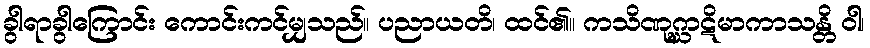
ခွါရာခွါကြောင်း ကောင်းကင်မျှသည်။ ပညာယတိ၊ ထင်၏။ ကသိဏုဂ္ဃာဋိမာကာသန္တိ ဝါ၊